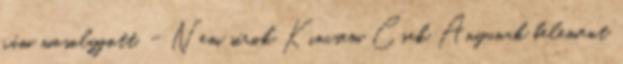
rám mosolygott. - Nem sírok Kincsem Csak Anyunak belement